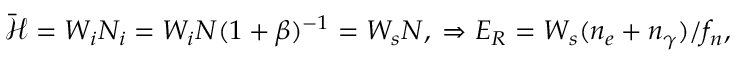
\mathcal { \bar { H } } = W _ { i } N _ { i } = W _ { i } N ( 1 + \beta ) ^ { - 1 } = W _ { s } N , \; \Rightarrow E _ { R } = W _ { s } ( n _ { e } + n _ { \gamma } ) / f _ { n } ,